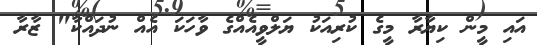
އައި މީން ކިޔާރާ މީގެ ކުރިއަކު ޔަލްވީއެއްގެ ވާހަކަ އެއް ނުދައްކާ" ޒާރާ